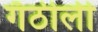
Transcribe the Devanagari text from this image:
गँठीली